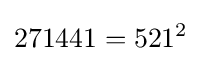
271441=521^{2}